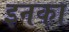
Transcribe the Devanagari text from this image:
इनका